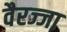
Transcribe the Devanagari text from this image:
वैरज्जा